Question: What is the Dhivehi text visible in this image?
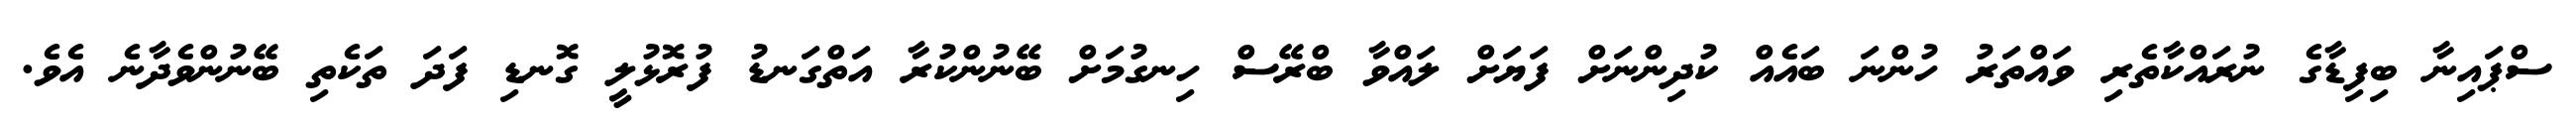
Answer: ސްޕައިނާ ބިފިޑާގެ ނުރައްކާތެރި ވައްތަރު ހުންނަ ބައެއް ކުދިންނަށް ފަޔަށް ލައްވާ ބްރޭސް ހިނގުމަށް ބޭނުންކުރާ އަތްގަނޑު ފުރޮޅުލީ ގޮނޑި ފަދަ ތަކެތި ބޭނުންވެދާނެ އެވެ.